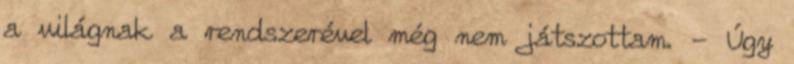
a világnak a rendszerével még nem játszottam. - Úgy